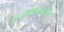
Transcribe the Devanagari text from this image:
प्रातिनिधिकरीत्या